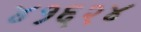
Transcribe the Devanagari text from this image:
४१६२४